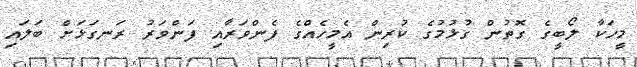
މީހަކާ ލޯބީގެ ގޮތުން ގުޅުމުގެ ކުރިން އެމީހެއްގެ ފެންވަރާއި ފަންވަރު ރަނގަޅަށް ބަލައި